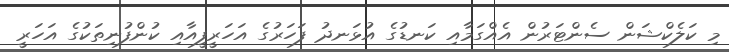
މި ކަލެކްޝަން ސެންޓަރުން އެއްގަމާއި ކަނޑުގެ އުޅަނދު ފަހަރުގެ އަހަރީފީއާއި ކުންފުނިތަކުގެ އަހަރީ